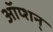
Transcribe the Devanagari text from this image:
ऑप्शन्